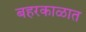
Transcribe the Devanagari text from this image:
बहरकाळात